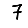
Digit: 7